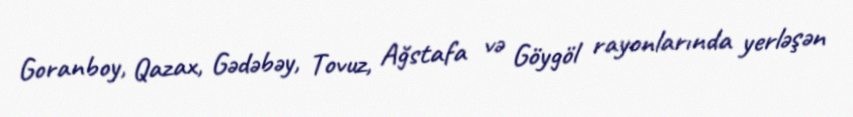
Goranboy, Qazax, Gədəbəy, Tovuz, Ağstafa və Göygöl rayonlarında yerləşən